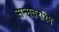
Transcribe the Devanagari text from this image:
सम्मतरश्मि